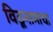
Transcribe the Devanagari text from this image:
विठूनामाचा